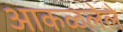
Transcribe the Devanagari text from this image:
आकळलेले